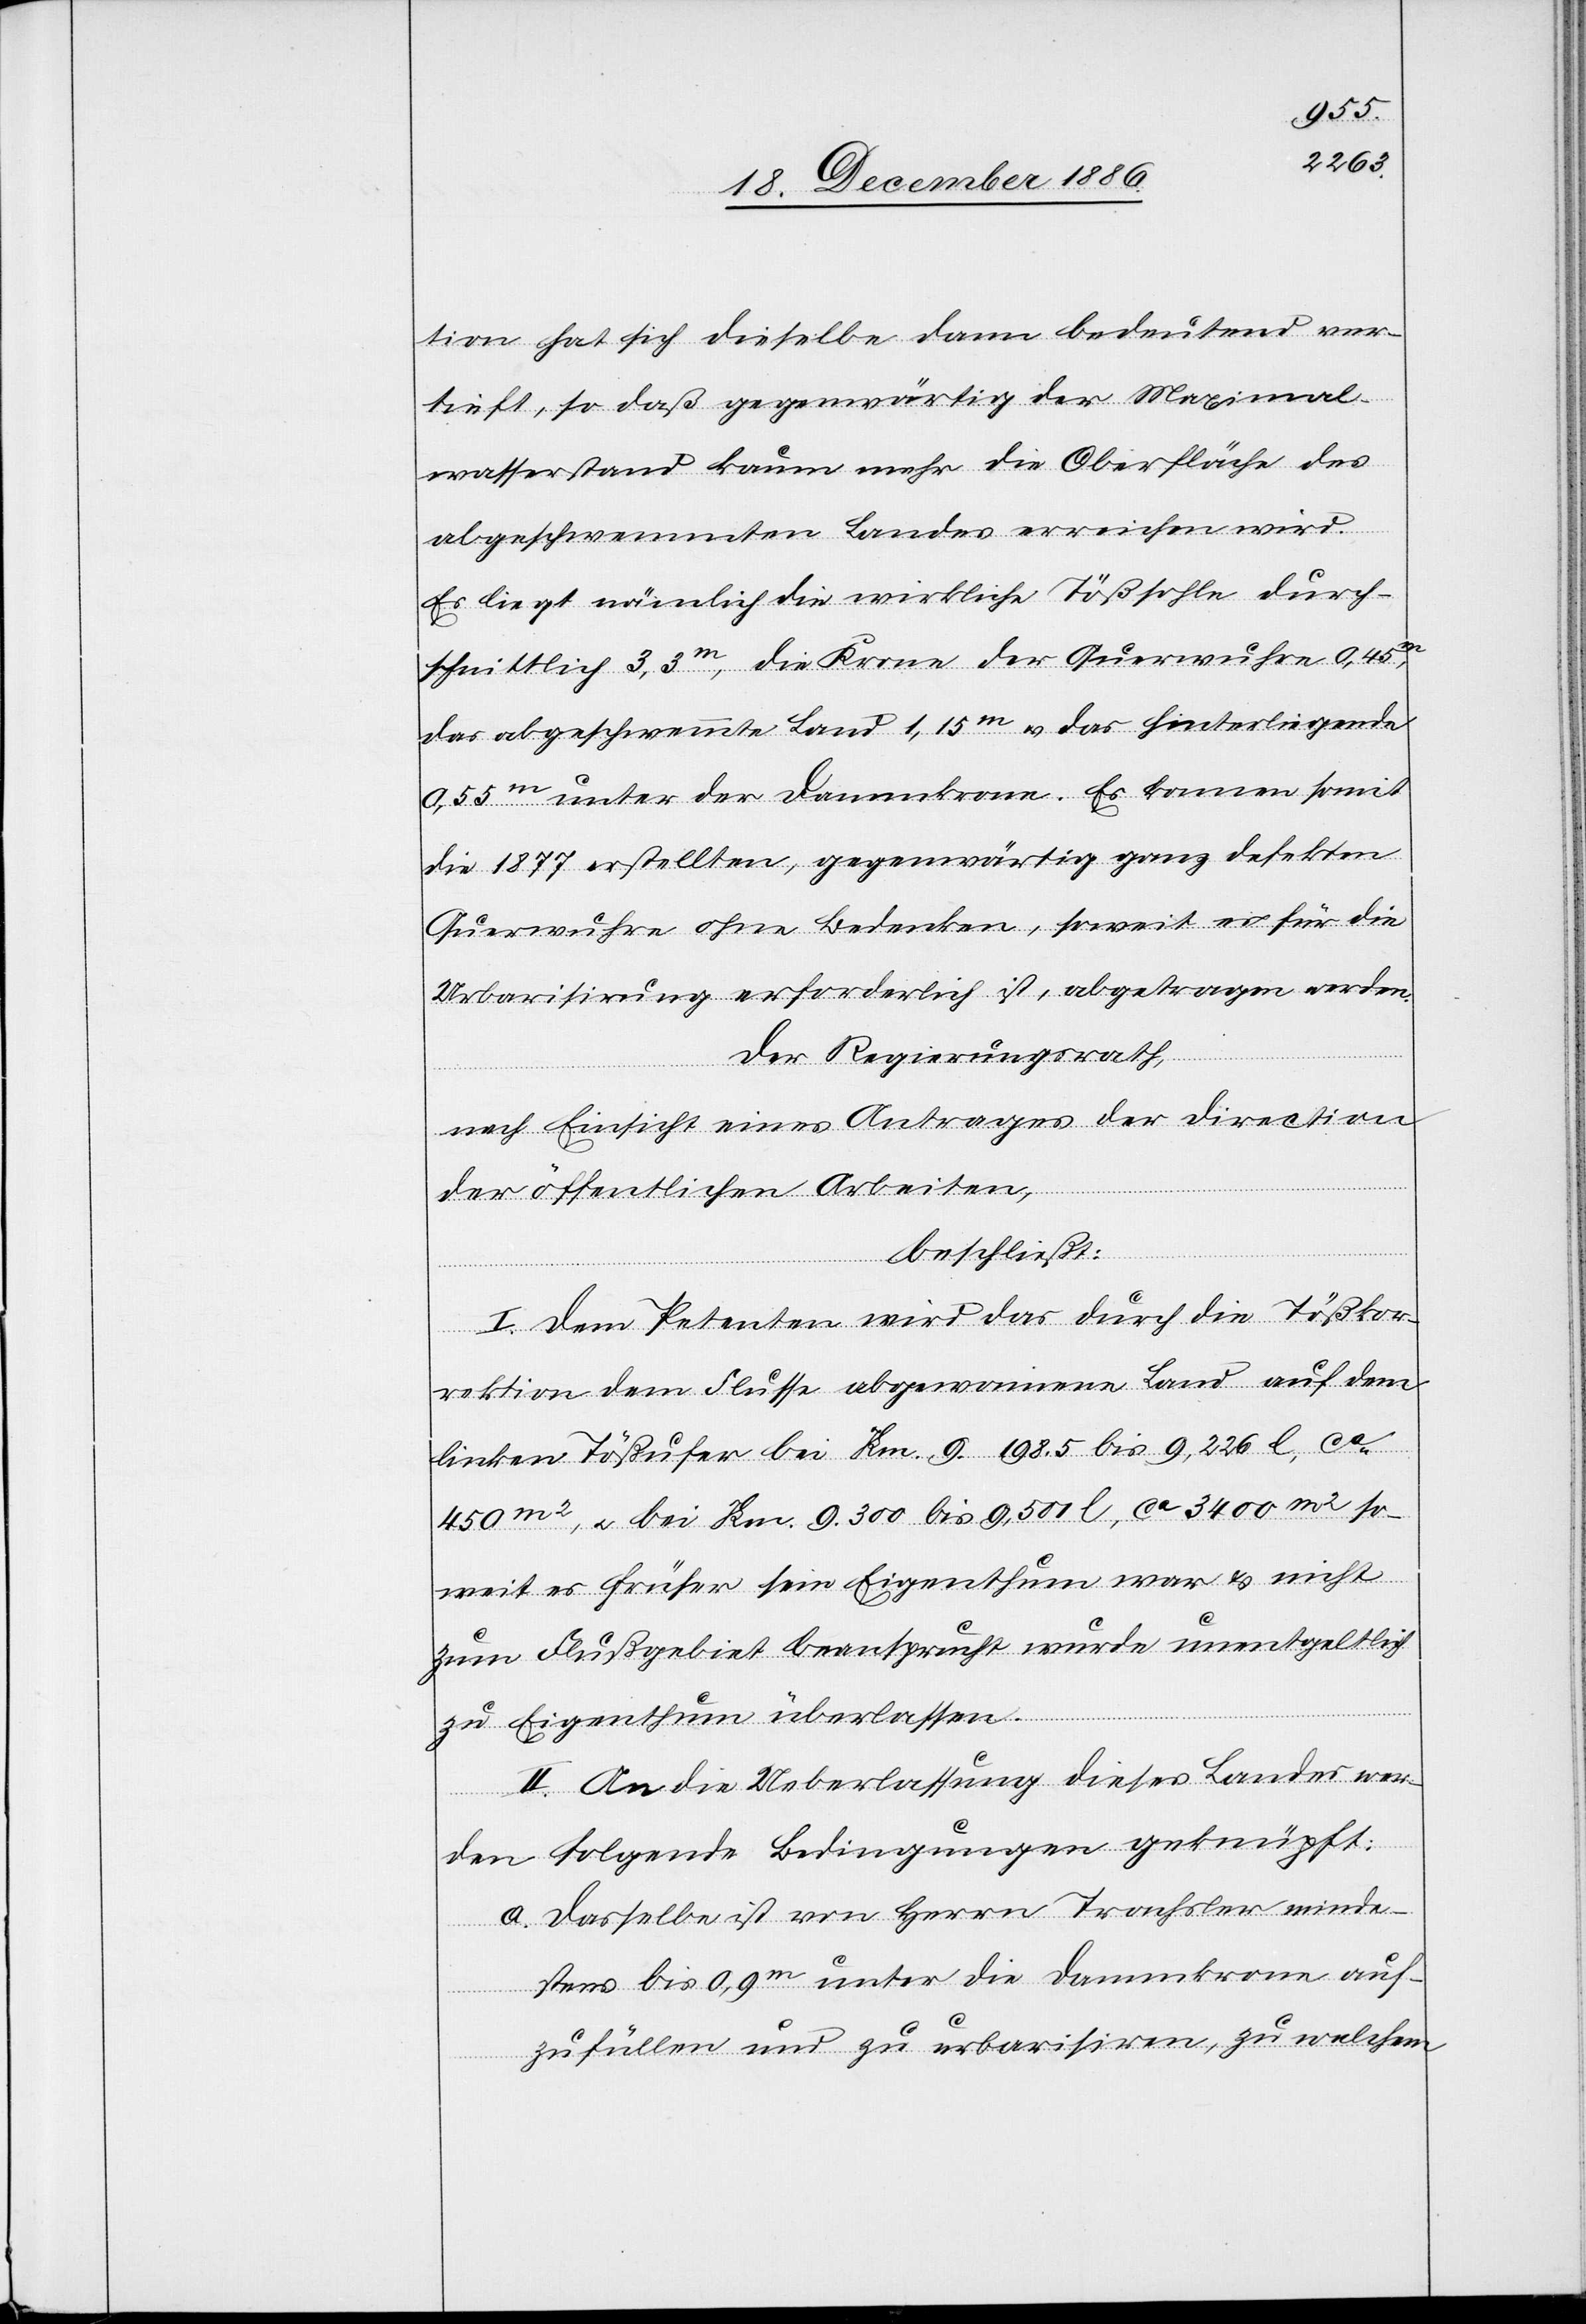
tion hat sich dieselbe dann bedeutend ver¬
tieft, so daß gegenwärtig der Maximal¬
wasserstand kaum mehr die Oberfläche des
abgeschwemmten Landes erreichen wird.
Es liegt nämlich die wirkliche Tößsohle durch¬
schnittlich 3,3m, die Krone der Querwuhre 0,45m,
das abgeschwemmte Land 1,15m & das hinterliegende
0,55m unter der Dammkrone. Es konnen [sic!]
die 1877 erstellten, gegenwärtig ganz defekten
Querwuhre ohne Bedenken, soweit es für die
Urbarisirung erforderlich ist, abgetragen werden.
Der Regierungsrath,
nach Einsicht eines Antrages der Direction
somit
der öffentlichen Arbeiten,
beschließt:
I. Dem Petenten wird das durch die Tößkor¬
rektion dem Flusse abgewonnene Land auf dem
linken Tößufer bei Km. 9.198.5 bis 9,226 l, ca
450m2, & bei Km. 0.300 bis 9,500 l, ca 3400 m2 so¬
weit es früher sein Eigenthum war & nicht
zum Flußgebiet beansprucht wurde unentgeltlich
zu Eigenthum überlassen.
II. An die Ueberlassung dieses Landes wer¬
den folgende Bedingungen geknüpft:
a. Dasselbe ist von Herrn Trachsler minde¬
stens bis 0,9m unter die Dammkrone auf¬
zufüllen und zu urbarisiren, zu welchem